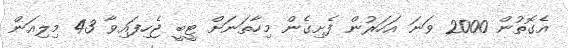
އެގޮތުން 2000 ވަނަ އަހަރުން ފެށިގެން މިހާތަނަށް ޓީބީ ޖެހިފައިވާ 43 މިލިއަން